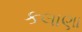
કલાણા